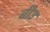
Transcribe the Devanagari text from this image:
बी३